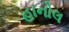
હાનોલ